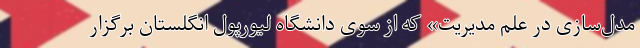
مدل‌سازی در علم مدیریت» که از سوی دانشگاه لیورپول انگلستان برگزار